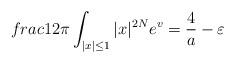
LaTeX: \begin{align*}frac{1}{2\pi} \int_{|x|\leq1} |x|^{2N} e^{v} = \frac{4}{a} - \varepsilon\end{align*}